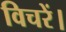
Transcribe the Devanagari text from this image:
विचरें।